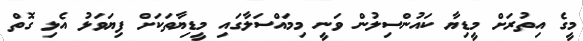
މީގެ އިތުރަށް މީޑިޔާ ކައުންސިލުން ވަނީ މިމައްސަލާގައި މީޑިޔާތަކަށް ފިޔަވަޅު އެޅި ގޮތް